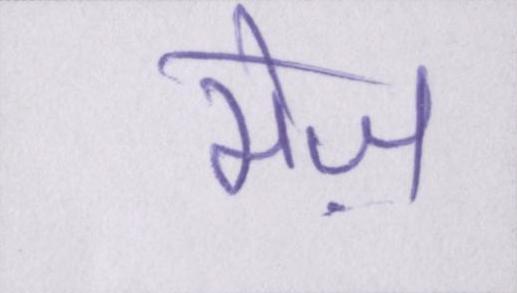
मेज़